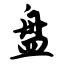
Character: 盘